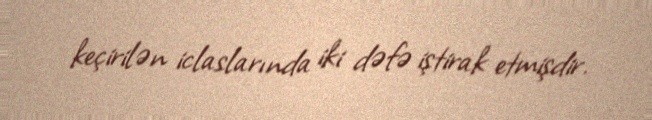
keçirilən iclaslarında iki dəfə iştirak etmişdir.